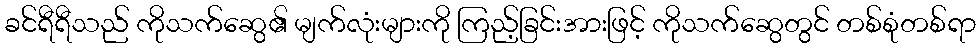
ခင်ရီရီသည် ကိုသက်ဆွေ၏ မျက်လုံးများကို ကြည့်ခြင်းအားဖြင့် ကိုသက်ဆွေတွင် တစ်စုံတစ်ရာ